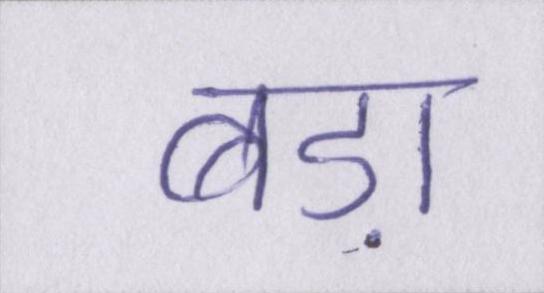
बड़ा